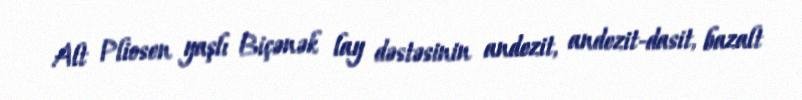
Alt Pliosen yaşlı Biçənək lay dəstəsinin andezit, andezit-dasit, bazalt